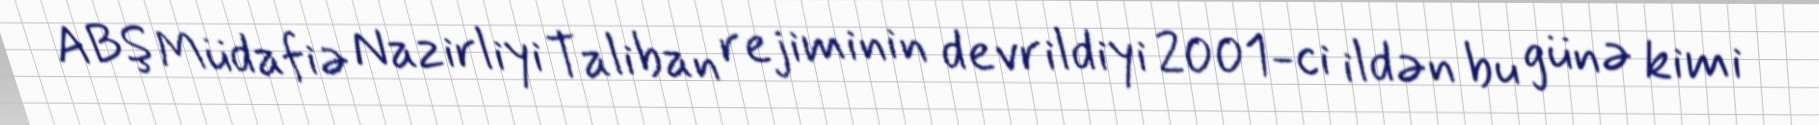
ABŞ Müdafiə Nazirliyi Taliban rejiminin devrildiyi 2001-ci ildən bu günə kimi